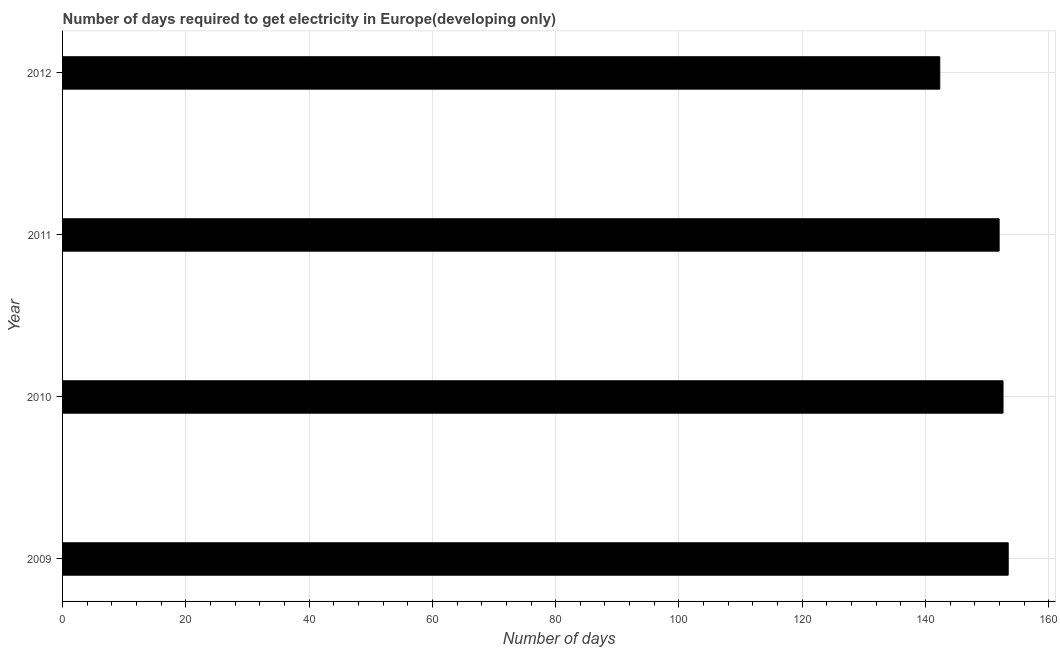
| Year | Time to get electricity |
 | --- | --- |
 | 2009 | 153 |
 | 2010 | 153 |
 | 2011 | 152 |
 | 2012 | 142 |